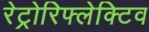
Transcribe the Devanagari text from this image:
रेट्रोरिफ्लेक्टिव